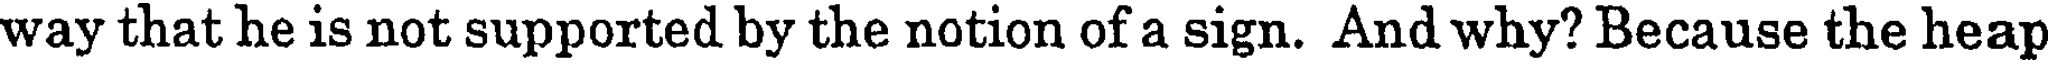
way that he is not supported by the notion of a sign. And why? Because the heap